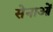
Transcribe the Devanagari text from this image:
सेनाओें